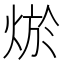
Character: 𤉪